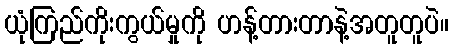
ယုံကြည်ကိုးကွယ်မှုကို ဟန့်တားတာနဲ့အတူတူပဲ။